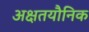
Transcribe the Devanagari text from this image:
अक्षतयौनिक